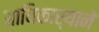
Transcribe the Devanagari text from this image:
आधिकार्‍याने